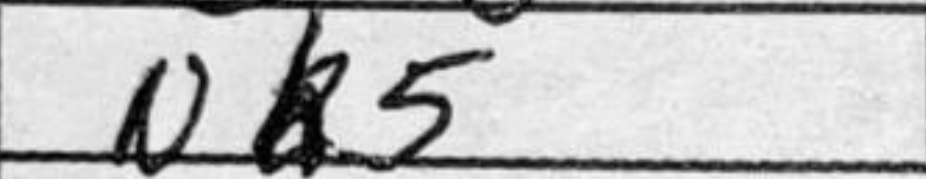
Transcription: Nb5